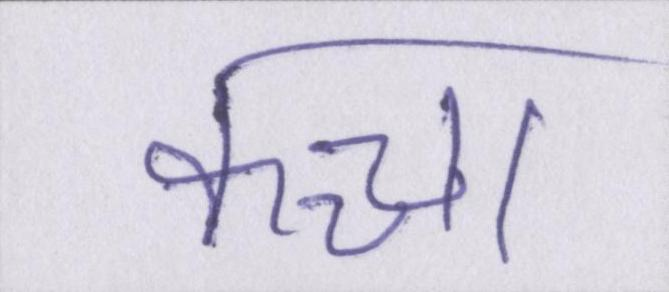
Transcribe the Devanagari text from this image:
कच्चा